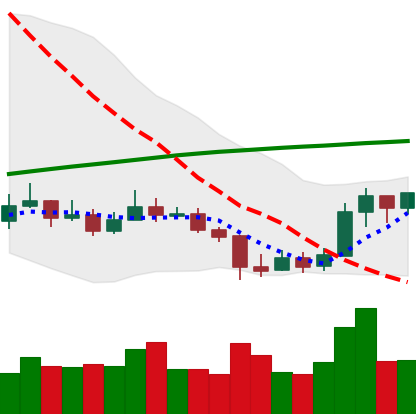
Ticker: LINK-USD
Chart end date: 2019-09-21
Forward return: -12.196%
Label: down_7plus